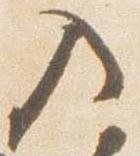
入